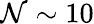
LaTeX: \mathcal{N}\sim10